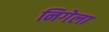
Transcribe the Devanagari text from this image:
निगेला